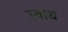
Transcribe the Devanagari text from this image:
स्वाध